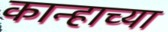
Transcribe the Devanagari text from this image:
कान्हाच्या